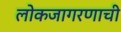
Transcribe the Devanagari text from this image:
लोकजागरणाची